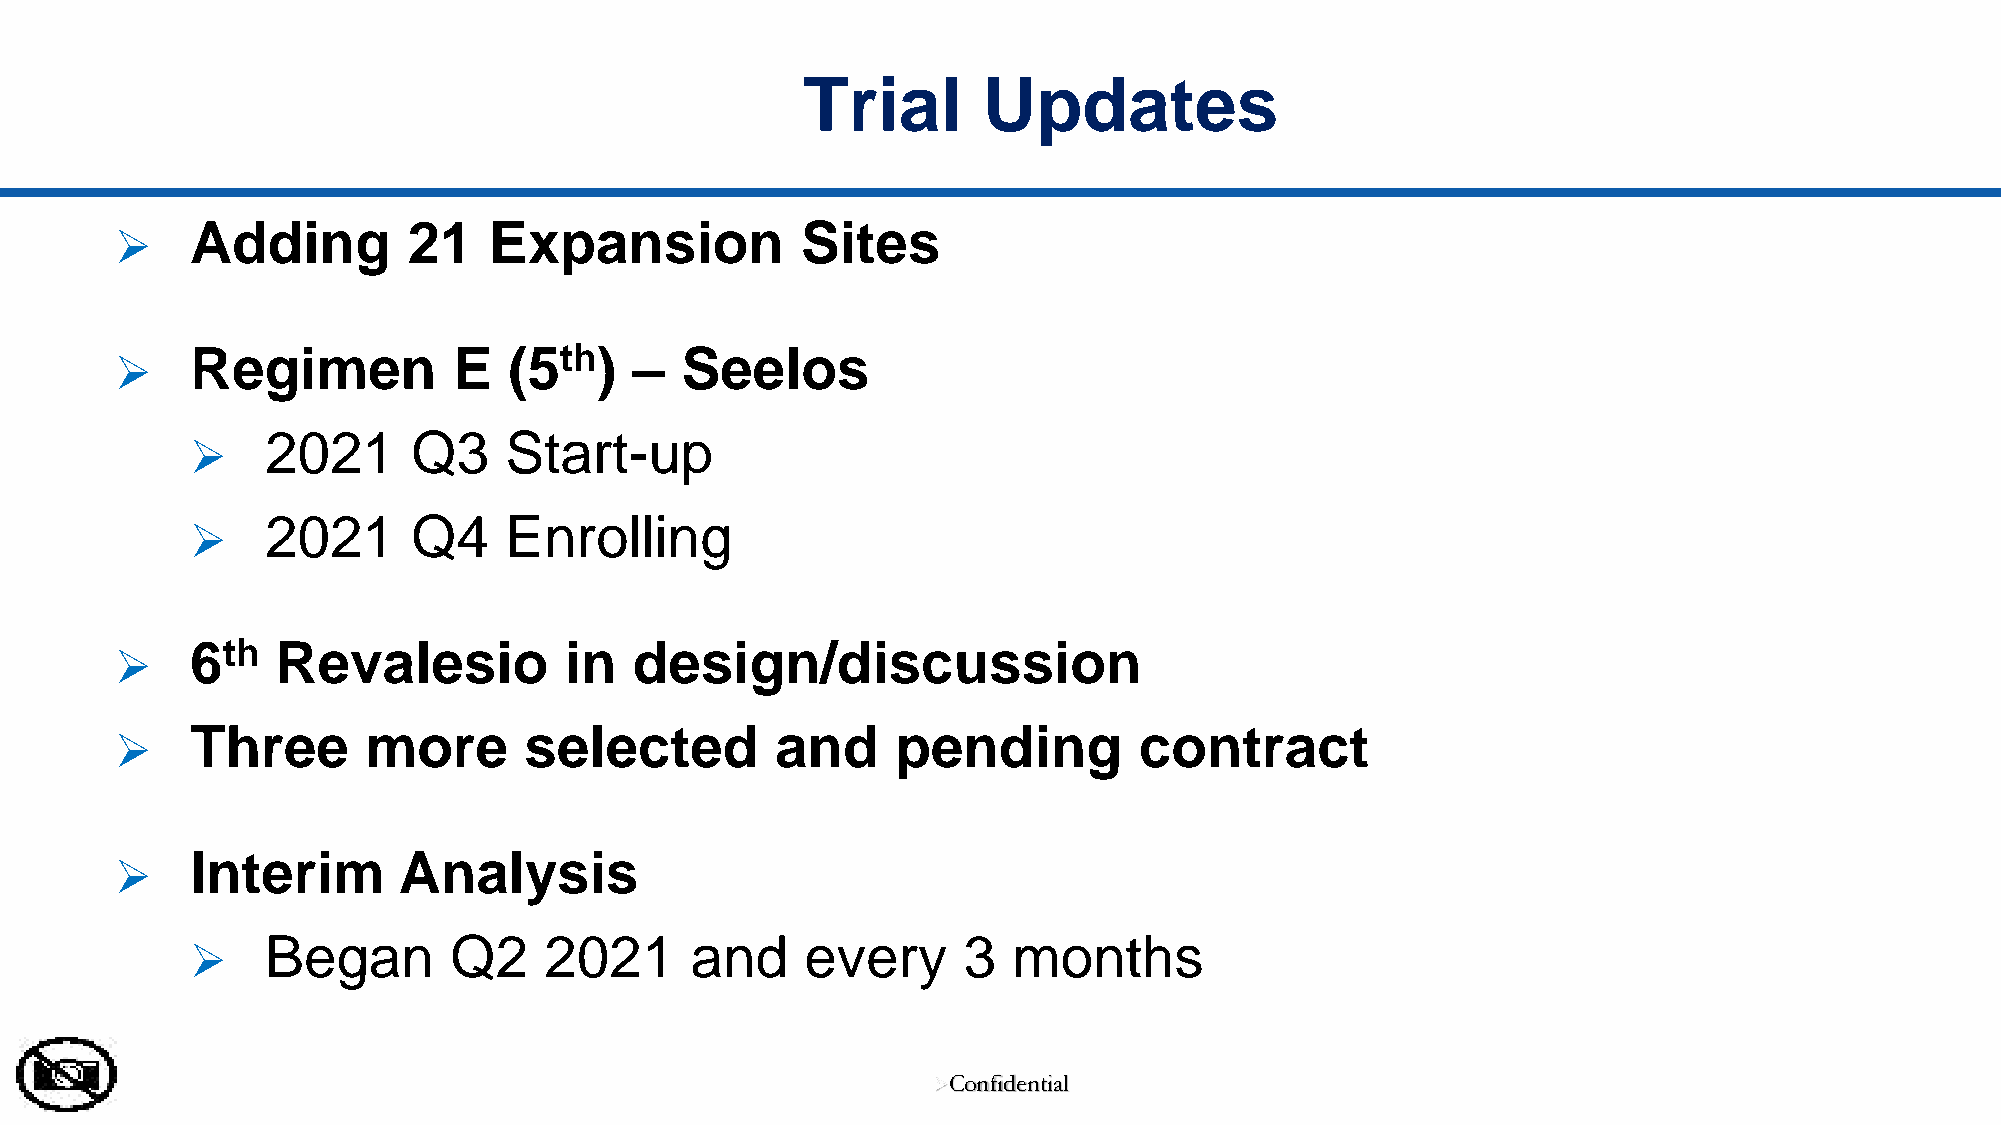
Trial       Updates
 Adding        21   Expansion            Sites
 ➢
 Regimen          E   (5th)   –  Seelos
 ➢
 2021     Q3    Start-up
 ➢
 2021     Q4    Enrolling
 ➢
 6th  Revalesio          in   design/discussion
 ➢
 Three      more       selected        and     pending         contract
 ➢
 Interim      Analysis
 ➢
 Began       Q2    2021      and    every      3  months
 ➢
 ➢Confidential